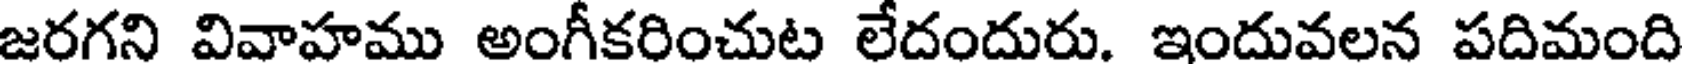
జరగని వివాహము అంగీకరించుట లేదందురు. ఇందువలన పదిమంది